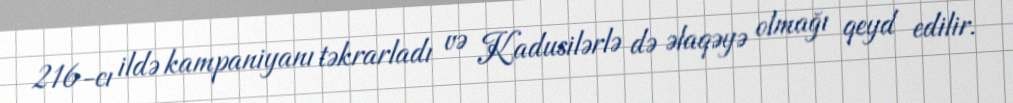
216-cı ildə kampaniyanı təkrarladı və Kadusilərlə də əlaqəyə olmağı qeyd edilir.